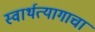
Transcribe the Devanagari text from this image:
स्वार्थत्यागाचा